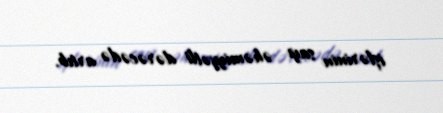
işlərinin sayı əhəmiyyətli dərəcədə artıb.